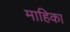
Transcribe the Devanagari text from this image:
माहिका